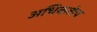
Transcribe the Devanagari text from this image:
अधिकशेप